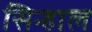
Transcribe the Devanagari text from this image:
सिन्हाल